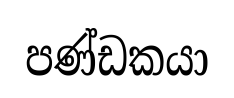
පණ්ඩකයා